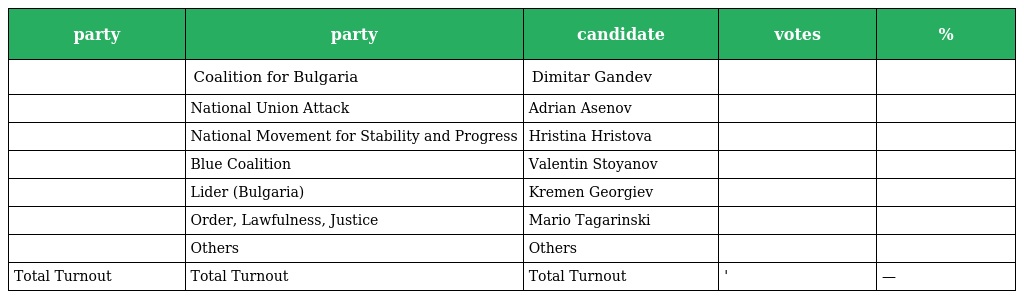
| party | party | candidate | votes | % |
 | --- | --- | --- | --- | --- |
 |  | Coalition for Bulgaria | Dimitar Gandev |  |  |
 |  | National Union Attack | Adrian Asenov |  |  |
 |  | National Movement for Stability and Progress | Hristina Hristova |  |  |
 |  | Blue Coalition | Valentin Stoyanov |  |  |
 |  | Lider (Bulgaria) | Kremen Georgiev |  |  |
 |  | Order, Lawfulness, Justice | Mario Tagarinski |  |  |
 |  | Others | Others |  |  |
 | Total Turnout | Total Turnout | Total Turnout | ' | — |